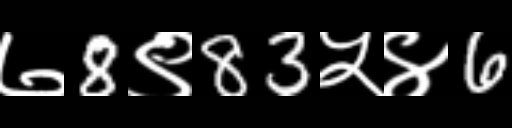
Text: ७8९83५४6